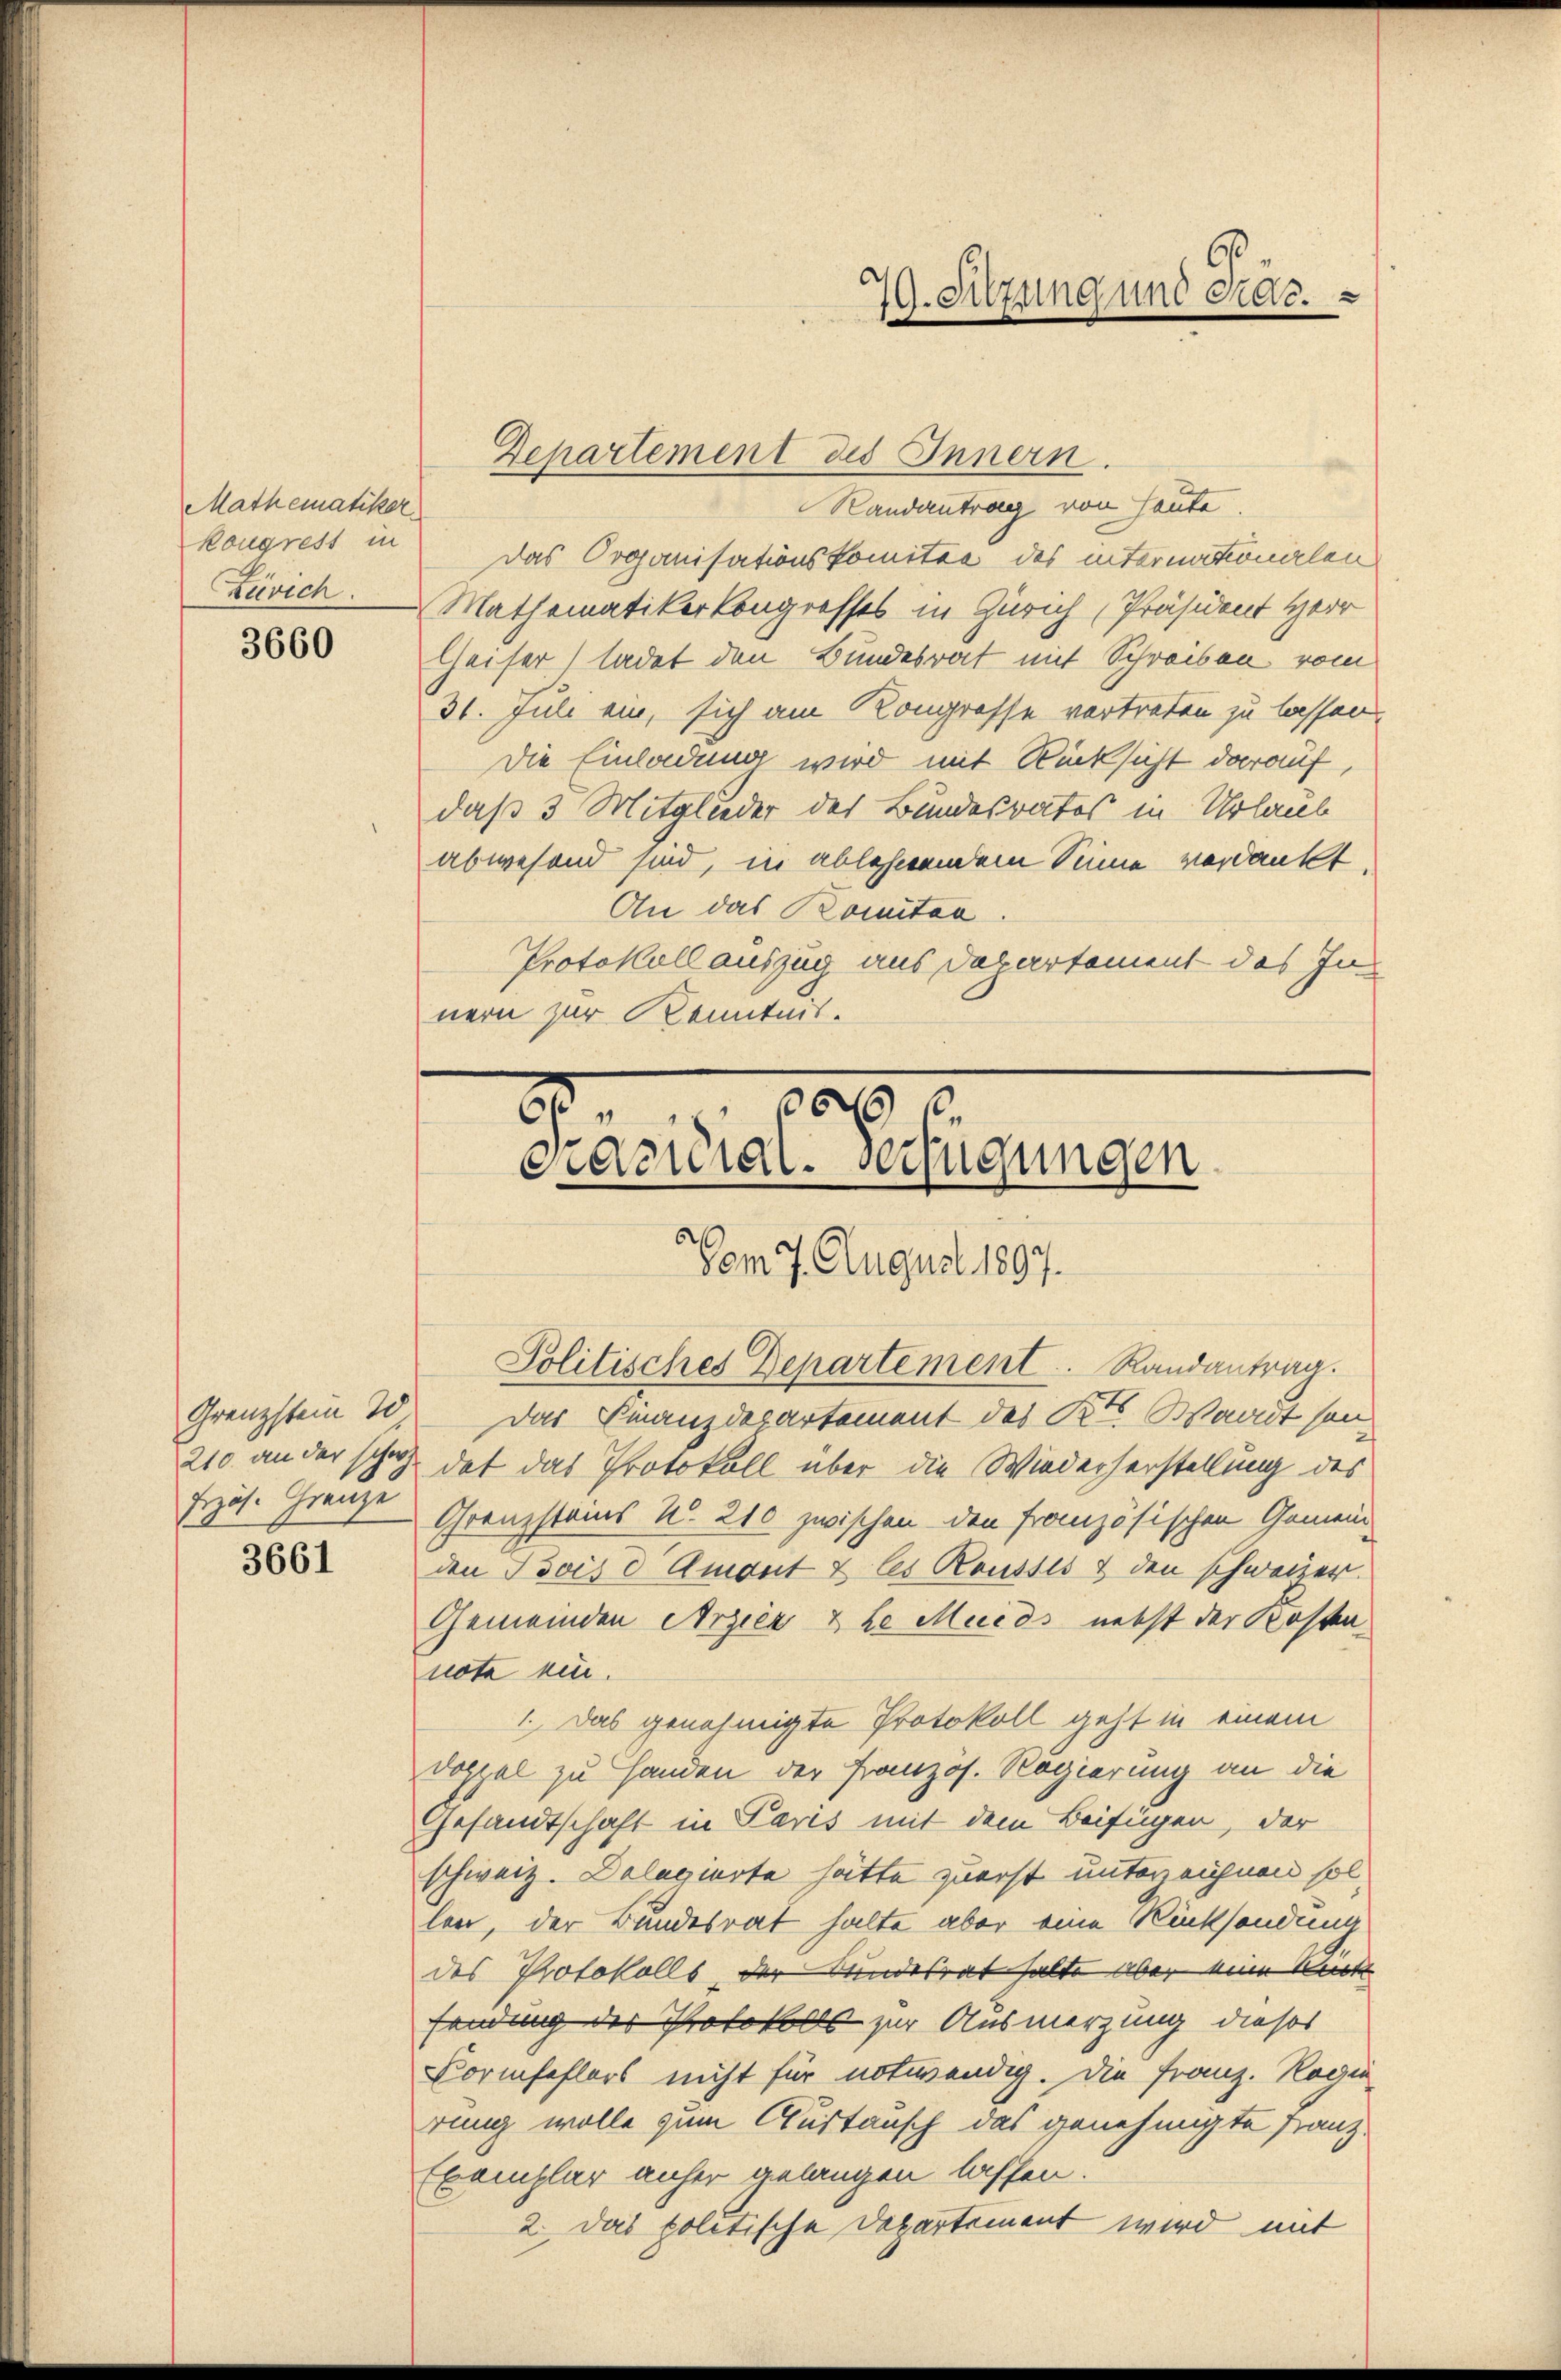
Mathematiker
Zuvich.

3660

Randantrag von heute.
kongrest in das Organisationskomitee des internationalen
Mathematiker Kongresses in Zürich Präsident Herr
Heiser) ladet den Bundesrat mit Schreiben vom
31. Juli ein, sich am Kongresse vertreten zu lassen,
Die Einladung wird mit Rücksicht darauf,
daß 3 Mitglieder des Bundesrates in Urlaub
abwesend sind, in ablehnendem Sinne verdankt.
An das Komitan
Protokollauszug aus Departement des Innern zur Kenntnis.

Erzös. Grauze

3661

Departement des Innern.

10 x
s
ciderial. verfügungen
Vom 7. August 1897.
Politisches Departement. Randantrag.

79. Sitzung und Jac.

Grenzstein 20. Das Finanzdepartement des Kts. Waadt son¬
210 an der schon dat das Protokoll über die Wiederherstellung des
Grenzsteins u. 210 zwischen den französischen Gemeinden Isois d Amont & les Rousses & den schweizer.
Gemeinden Arzier & Le Mueds, nebst der Kosten
note ein.
1. Das genehmigte Protokoll geht in einem
Docial zu Handen der Französ. Regierung an die
Gesandtschaft in Paris mit dem Beifügen, der
schweiz. Delagierte hätte zuerst unterzeichnen sollen, der Bundesrat halte aber eine Rücksendung
des Protokolls der Kundesrat halte aber keine Kuch
sendung der Protokolls zur Ausmerzung dieses
Formfehlers nicht für notwendig. Die Franz. Ragio
rung wolle zum Austausch das genehmigte Franz.
Exemplar anher gelangen lassen.
2. Das politische Departement wird mit